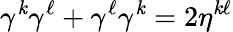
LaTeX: \gamma^{\mathit{k}}\gamma^{\ell}+\gamma^{\ell}\gamma^{\mathit{k}}=2\eta^{\mathit{k}\ell}